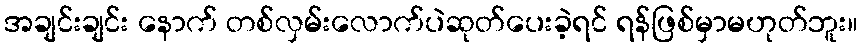
အချင်းချင်း နောက် တစ်လှမ်းလောက်ပဲဆုတ်ပေးခဲ့ရင် ရန်ဖြစ်မှာမဟုတ်ဘူး။